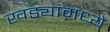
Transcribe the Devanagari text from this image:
खड्यांमध्ये